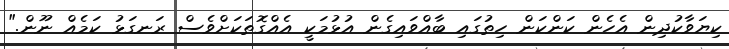
ކިޔަވާކުދިން އެހެން ކަންކަން ހިތުގައި ބާއްވައިގެން އުޅުމަކީ އެއްގޮތަކަށްވެސް ރަނގަޅު ކަމެއް ނޫން."